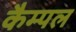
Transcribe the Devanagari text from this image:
कैम्पल